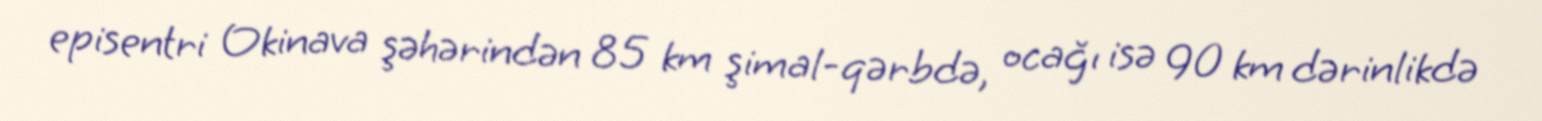
episentri Okinava şəhərindən 85 km şimal-qərbdə, ocağı isə 90 km dərinlikdə